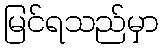
မြင်ရသည်မှာ